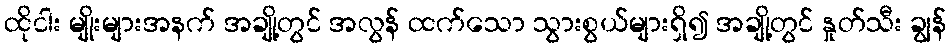
ထိုငါး မျိုးများအနက် အချို့တွင် အလွန် ထက်သော သွားစွယ်များရှိ၍ အချို့တွင် နှုတ်သီး ချွန်